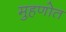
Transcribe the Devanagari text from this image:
मुहणोत